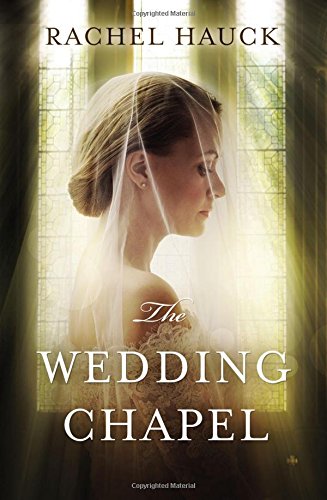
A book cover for The Wedding Chapel; Rachel Hauck; Romance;